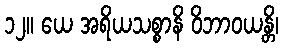
၁၂။ ယေ အရိယသစ္စာနိ ဝိဘာဝယန္တိ၊